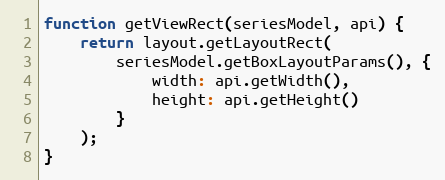
Language: JavaScript
function getViewRect(seriesModel, api) {
    return layout.getLayoutRect(
        seriesModel.getBoxLayoutParams(), {
            width: api.getWidth(),
            height: api.getHeight()
        }
    );
}